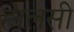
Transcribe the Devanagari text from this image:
हालसी